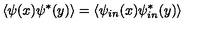
\left\langle \psi ( x ) \psi ^ { \ast } ( y ) \right\rangle = \left\langle \psi _ { i n } ( x ) \psi _ { i n } ^ { \ast } ( y ) \right\rangle